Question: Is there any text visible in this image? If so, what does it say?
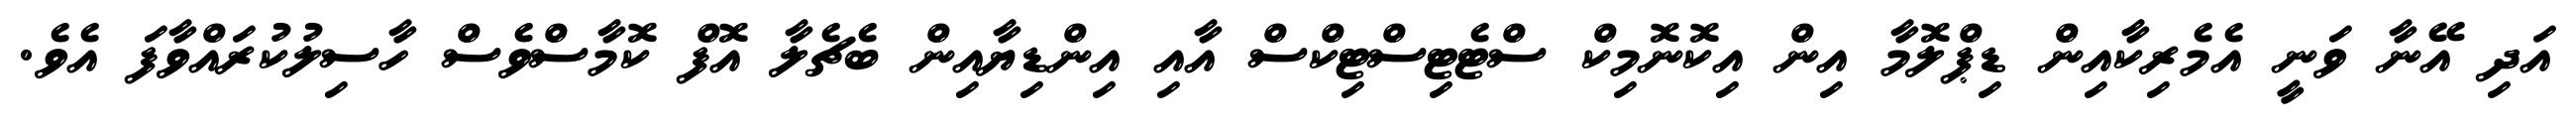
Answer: އަދި އޭނާ ވަނީ އެމެރިކާއިން ޑިޕްލޮމާ އިން އިކޮނޮމިކް ސްޓެޓިސްޓިކްސް އާއި އިންޑިޔާއިން ބެޗެލާ އޮފް ކޮމާސްވެސް ހާސިލުކުރައްވާފަ އެވެ.